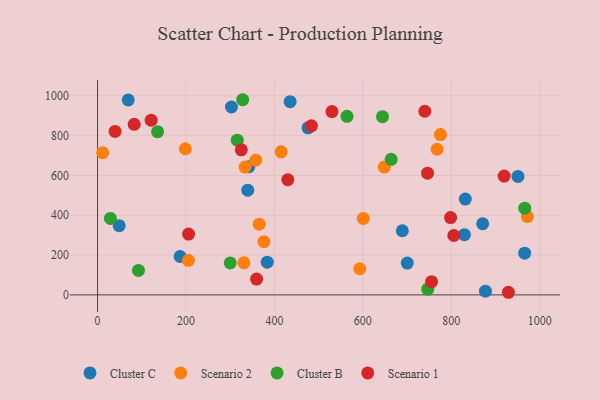
{"axis": {"x": "Study Hours", "y": "Profit"}, "legend": ["Cluster B", "Cluster C", "Scenario 1", "Scenario 2"], "data": [{"x": "475.9", "y": 839.4, "type": "Cluster C"}, {"x": "186.6", "y": 192.8, "type": "Cluster C"}, {"x": "48.9", "y": 347.7, "type": "Cluster C"}, {"x": "871.0", "y": 357.4, "type": "Cluster C"}, {"x": "877.3", "y": 18.4, "type": "Cluster C"}, {"x": "383.7", "y": 164.4, "type": "Cluster C"}, {"x": "339.7", "y": 526.3, "type": "Cluster C"}, {"x": "966.0", "y": 209.5, "type": "Cluster C"}, {"x": "831.7", "y": 481.6, "type": "Cluster C"}, {"x": "829.7", "y": 302.6, "type": "Cluster C"}, {"x": "435.5", "y": 970.8, "type": "Cluster C"}, {"x": "69.3", "y": 979.6, "type": "Cluster C"}, {"x": "342.1", "y": 644.2, "type": "Cluster C"}, {"x": "689.3", "y": 322.2, "type": "Cluster C"}, {"x": "700.4", "y": 159.6, "type": "Cluster C"}, {"x": "302.8", "y": 944.0, "type": "Cluster C"}, {"x": "950.8", "y": 595.1, "type": "Cluster C"}, {"x": "365.7", "y": 355.1, "type": "Scenario 2"}, {"x": "205.3", "y": 173.4, "type": "Scenario 2"}, {"x": "972.1", "y": 393.2, "type": "Scenario 2"}, {"x": "415.2", "y": 718.8, "type": "Scenario 2"}, {"x": "376.2", "y": 267.5, "type": "Scenario 2"}, {"x": "775.5", "y": 805.3, "type": "Scenario 2"}, {"x": "767.9", "y": 731.7, "type": "Scenario 2"}, {"x": "11.4", "y": 714.0, "type": "Scenario 2"}, {"x": "198.5", "y": 734.2, "type": "Scenario 2"}, {"x": "600.9", "y": 384.3, "type": "Scenario 2"}, {"x": "333.6", "y": 642.1, "type": "Scenario 2"}, {"x": "648.5", "y": 642.1, "type": "Scenario 2"}, {"x": "357.7", "y": 676.9, "type": "Scenario 2"}, {"x": "331.0", "y": 161.1, "type": "Scenario 2"}, {"x": "593.1", "y": 131.4, "type": "Scenario 2"}, {"x": "92.5", "y": 123.0, "type": "Cluster B"}, {"x": "300.0", "y": 160.7, "type": "Cluster B"}, {"x": "315.9", "y": 777.1, "type": "Cluster B"}, {"x": "644.4", "y": 895.2, "type": "Cluster B"}, {"x": "564.2", "y": 897.2, "type": "Cluster B"}, {"x": "29.0", "y": 384.2, "type": "Cluster B"}, {"x": "966.1", "y": 435.6, "type": "Cluster B"}, {"x": "135.7", "y": 820.0, "type": "Cluster B"}, {"x": "664.0", "y": 681.0, "type": "Cluster B"}, {"x": "746.7", "y": 28.7, "type": "Cluster B"}, {"x": "328.1", "y": 980.5, "type": "Cluster B"}, {"x": "805.7", "y": 298.4, "type": "Scenario 1"}, {"x": "929.2", "y": 13.1, "type": "Scenario 1"}, {"x": "325.0", "y": 728.8, "type": "Scenario 1"}, {"x": "39.6", "y": 821.4, "type": "Scenario 1"}, {"x": "919.6", "y": 596.8, "type": "Scenario 1"}, {"x": "483.6", "y": 849.5, "type": "Scenario 1"}, {"x": "798.4", "y": 388.6, "type": "Scenario 1"}, {"x": "740.1", "y": 922.7, "type": "Scenario 1"}, {"x": "359.7", "y": 79.2, "type": "Scenario 1"}, {"x": "746.3", "y": 611.5, "type": "Scenario 1"}, {"x": "755.4", "y": 66.2, "type": "Scenario 1"}, {"x": "82.8", "y": 856.9, "type": "Scenario 1"}, {"x": "121.2", "y": 877.6, "type": "Scenario 1"}, {"x": "530.1", "y": 920.8, "type": "Scenario 1"}, {"x": "430.3", "y": 578.6, "type": "Scenario 1"}, {"x": "205.8", "y": 305.4, "type": "Scenario 1"}]}